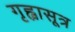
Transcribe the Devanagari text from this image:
गृह्वासूत्र